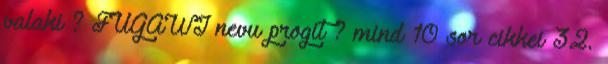
valaki ? FUGAWI nevu progit ? mind 10 sor cikkei 32.